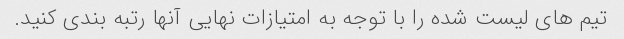
تیم های لیست شده را با توجه به امتیازات نهایی آنها رتبه بندی کنید.